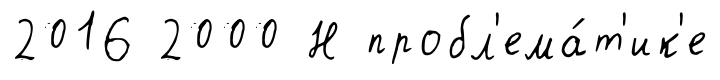
2016 2000 Н пробл'ема́т'ик'е